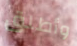
وأطلق